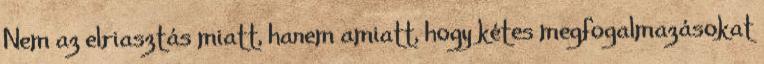
Nem az elriasztás miatt, hanem amiatt, hogy kétes megfogalmazásokat